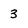
Character: 3